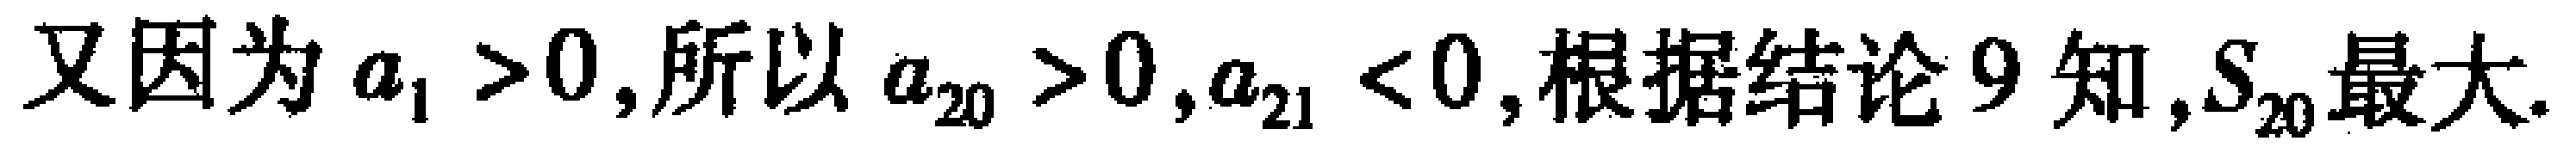
又因为\(a_{1} > 0\),所以\(a_{20} > 0,a_{21} < 0\),根据结论9知,\(S_{20}\)最大.